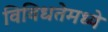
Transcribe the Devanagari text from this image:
विविधतेमध्ये